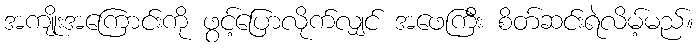
အကျိုးအကြောင်းကို ဖွင့်ပြောလိုက်လျှင် အဖေကြီး စိတ်ဆင်းရဲလိမ့်မည်။